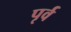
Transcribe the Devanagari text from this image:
पृर्व